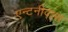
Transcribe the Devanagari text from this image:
एन्टनीदास